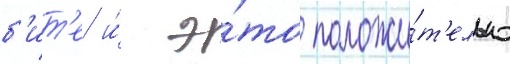
б'ит'е и́ э́то положи́т'ельно